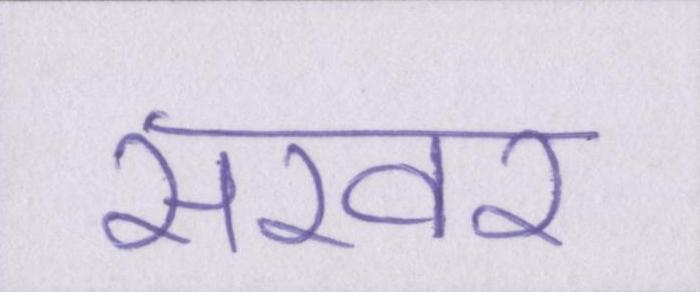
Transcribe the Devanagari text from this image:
सरवर